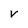
Character: V